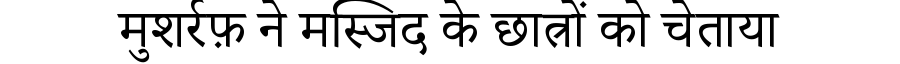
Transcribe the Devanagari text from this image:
मुशर्रफ़ ने मस्जिद के छात्रों को चेताया